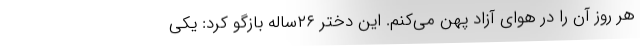
هر روز آن را در هوای آزاد پهن می‌کنم. این دختر ۲۶ساله بازگو کرد: یکی